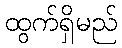
ထွက်ရှိမည်